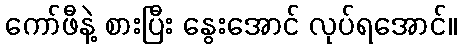
ကော်ဖီနဲ့ စားပြီး နွေးအောင် လုပ်ရအောင်။